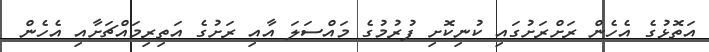
އަތޮޅުގެ އެހެން ރަށްރަށުގައި ކުނިކޮށި ފުރުމުގެ މައްސަލަ އާއި ރަށުގެ އަތިރިމައްޗަށާއި އެހެން